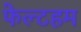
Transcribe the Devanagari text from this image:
फेल्टहम